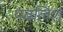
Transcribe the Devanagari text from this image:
पबलिश